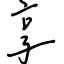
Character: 享